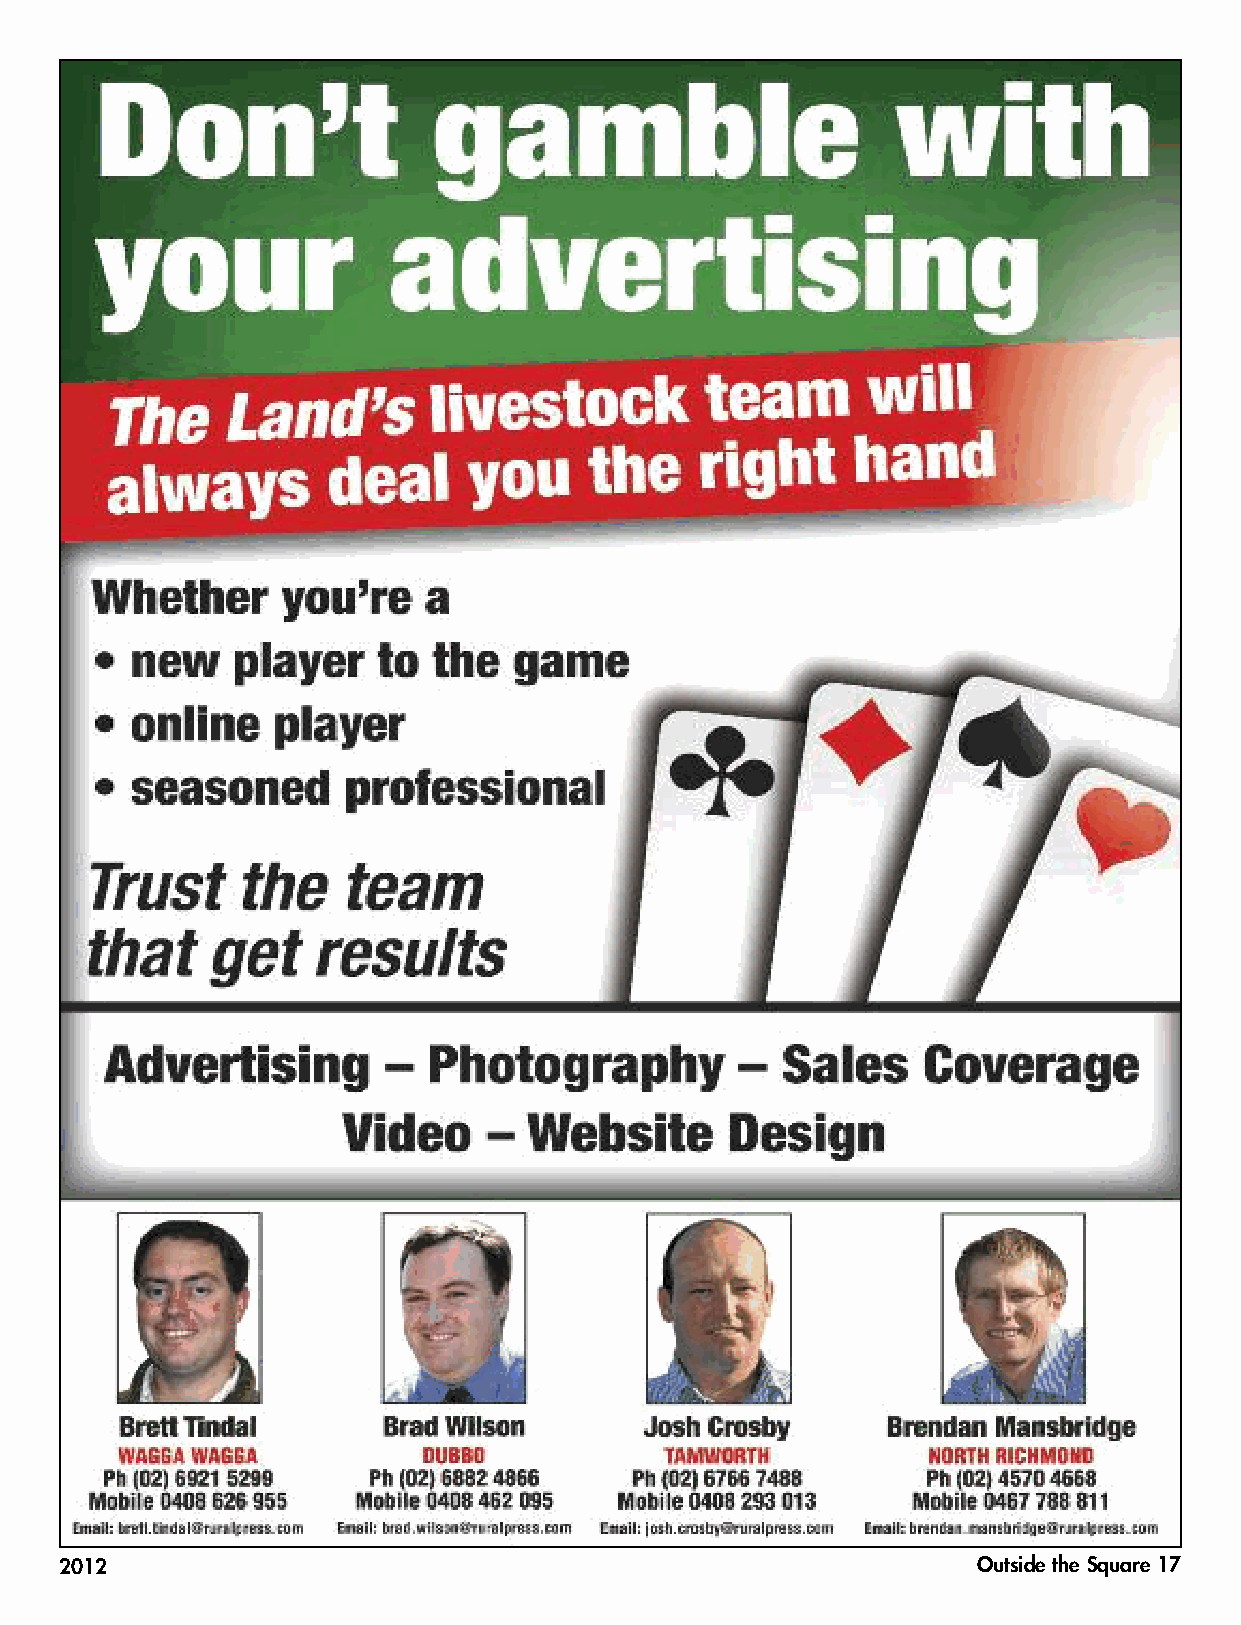
2012                                                         Outside the Square 17